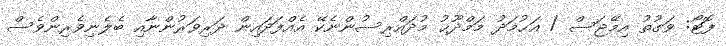
ފޮޓޯ: ވަގުތު އިމޭޖަސް / އަޙުމަދު މަމްދޫޙު މުދައްރިސުންނެކޭ އެއްފަދައިން ދަރިވަރުންނާއި ބެލެނިވެރިންވެސް